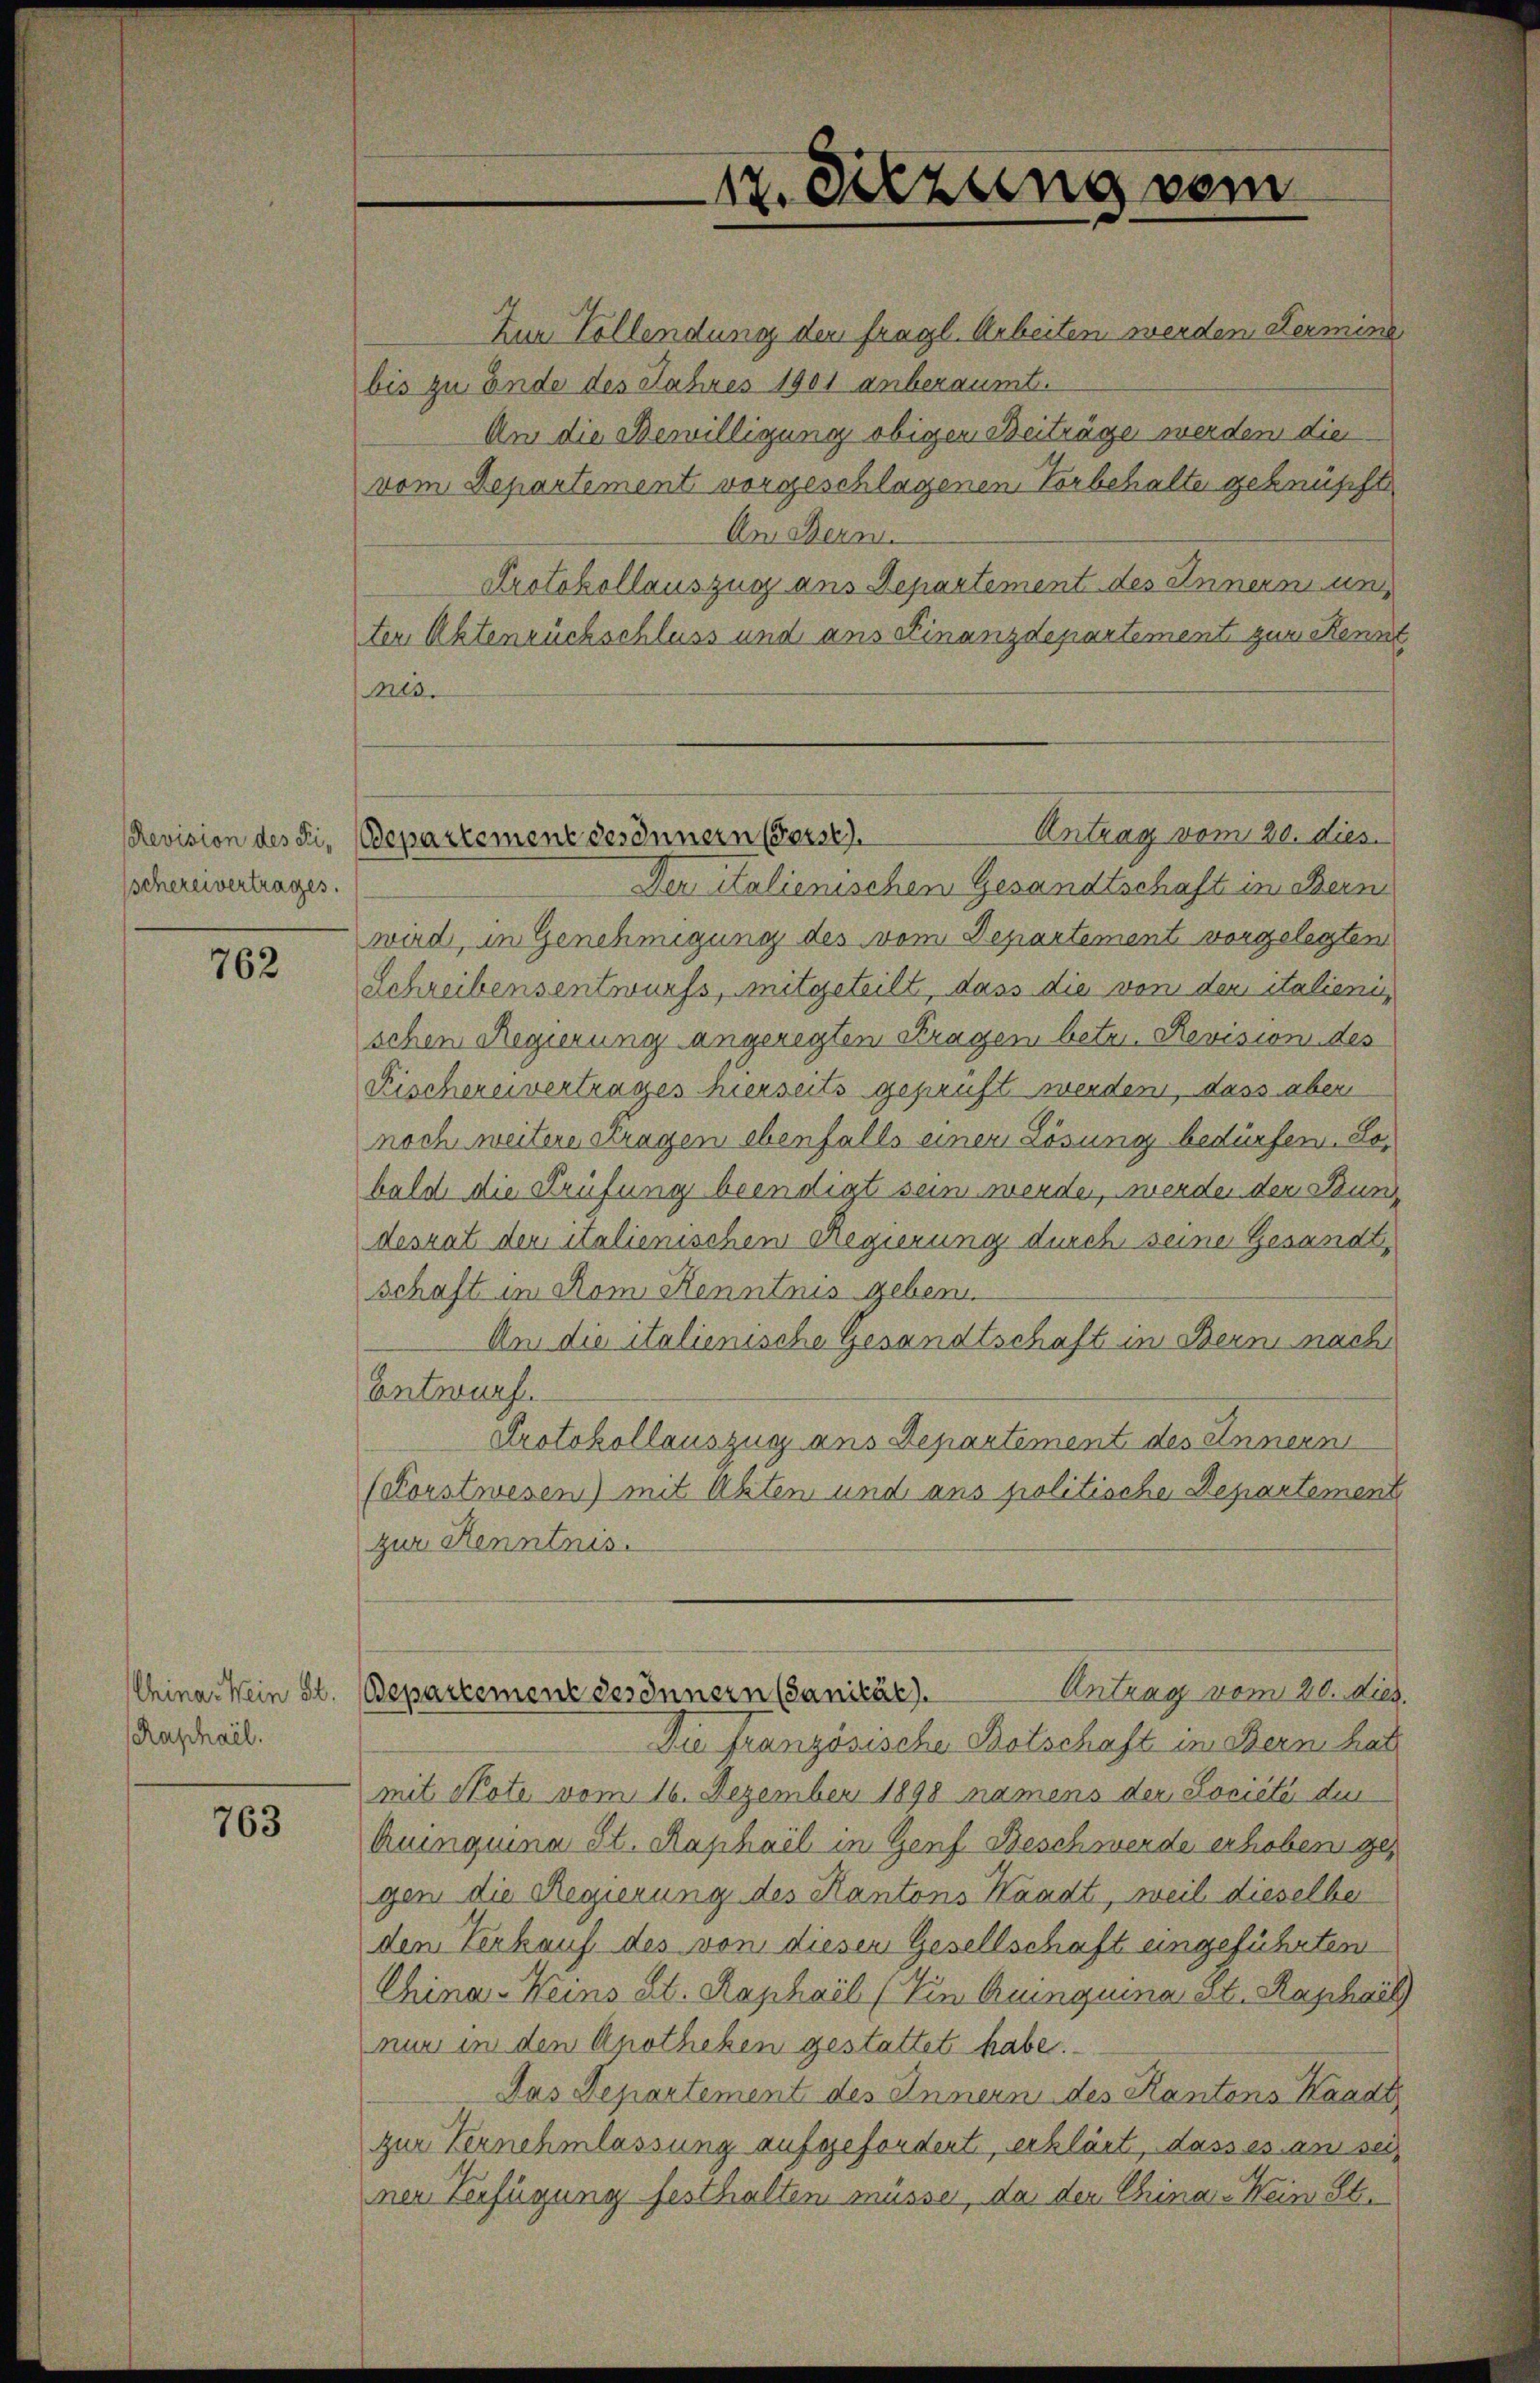
Revision des Fi-
schereivertrages.

762

Raphael.

763

nes.

Zur Vollendung der fragl. Arbeiten werden Hermine
bis zu Ende des Jahres 1901 anberaumt.
An die Bewilligung obigen Beiträge werden die
vom Departement vorgeschlagenen Vorbehalte geknüpft
Am Bern
Protokollauszug aus Departement des Innern un
ter Aktenrückschluss und aus Finanzdepartement zum Kennt
Der Italienischen Gesandtschaft in Bern
wird, in Genehmigung des vom Departement vorgelegten
Schreibensentwurfs, mitgeteilt, dass die von den italieni
schen Regierung angeregten Stragen betr. Revision des
Fischereivertrages hierseits geprüft werden, dass aber
noch weitere stragen ebenfalls einer Lösung bedürfen. Sobald die Prüfung beendigt sein werden, werden der Duns
desrat den italienischen Regierung durch seine Gesandt,
schaft in Rom Kenntnis geben
An die italienische Gesandtschaft in Bern nach
Entwurf.
Protokollauszug aus Departement des Innern
(Forstwesen) mit Akten und aus politische Departement
zur Kenntnis.
Antrag vom 20. dies
China Kein St. Separtement des Innern (Sanität).
Die Französische Botschaft im Bern hat
mit Note vom 16. Dezember 1890 namens der Lociété den
Quinquina St. Raphael in Genf Beschwerde erhoben ges
gen die Regierung des Kantons Waadt, weil dieselben
den Verkauf des von diesen Gesellschaft eingeführten
China-Weins St. Raphail (Tin Quinquina, St. Raphael
nun in den Apotheken gestattet habe.
Das Departement des Innern des Kantons Kandt
zur Vernehmlassung aufgefordert, erklärt, dass es an sei
ner Verfügung festhalten müsse, da der China-Wein St.

12. Sitzung vom

Antrag vom 20. dies
Departement des Innern (Gerst